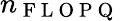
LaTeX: n_{\mathrm{~F~L~O~P~Q~}}